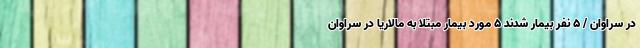
در سراوان / 5 نفر بیمار شدند 5 مورد بیمار مبتلا به مالاریا در سراوان